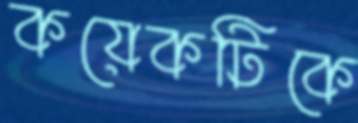
কয়েকটিকে